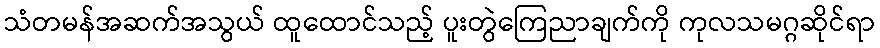
သံတမန်အဆက်အသွယ် ထူထောင်သည့် ပူးတွဲကြေညာချက်ကို ကုလသမဂ္ဂဆိုင်ရာ